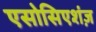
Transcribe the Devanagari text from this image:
एसोसिएशंज़